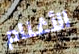
الأغنام